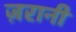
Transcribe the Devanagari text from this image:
ज़रानी